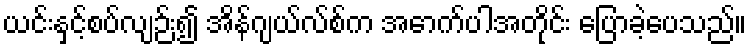
ယင်းနှင့်စပ်လျဉ်း၍ အိန်ဂျယ်လ်စ်က အောက်ပါအတိုင်း ပြောခဲ့ပေသည်။